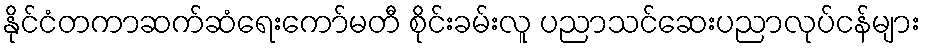
နိုင်ငံတကာဆက်ဆံရေးကော်မတီ စိုင်းခမ်းလူ ပညာသင်ဆေးပညာလုပ်ငန်များ